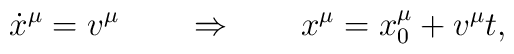
\dot x^\mu = v^\mu \qquad \Rightarrow \qquad x^\mu = x_0^\mu +v^\mu t,